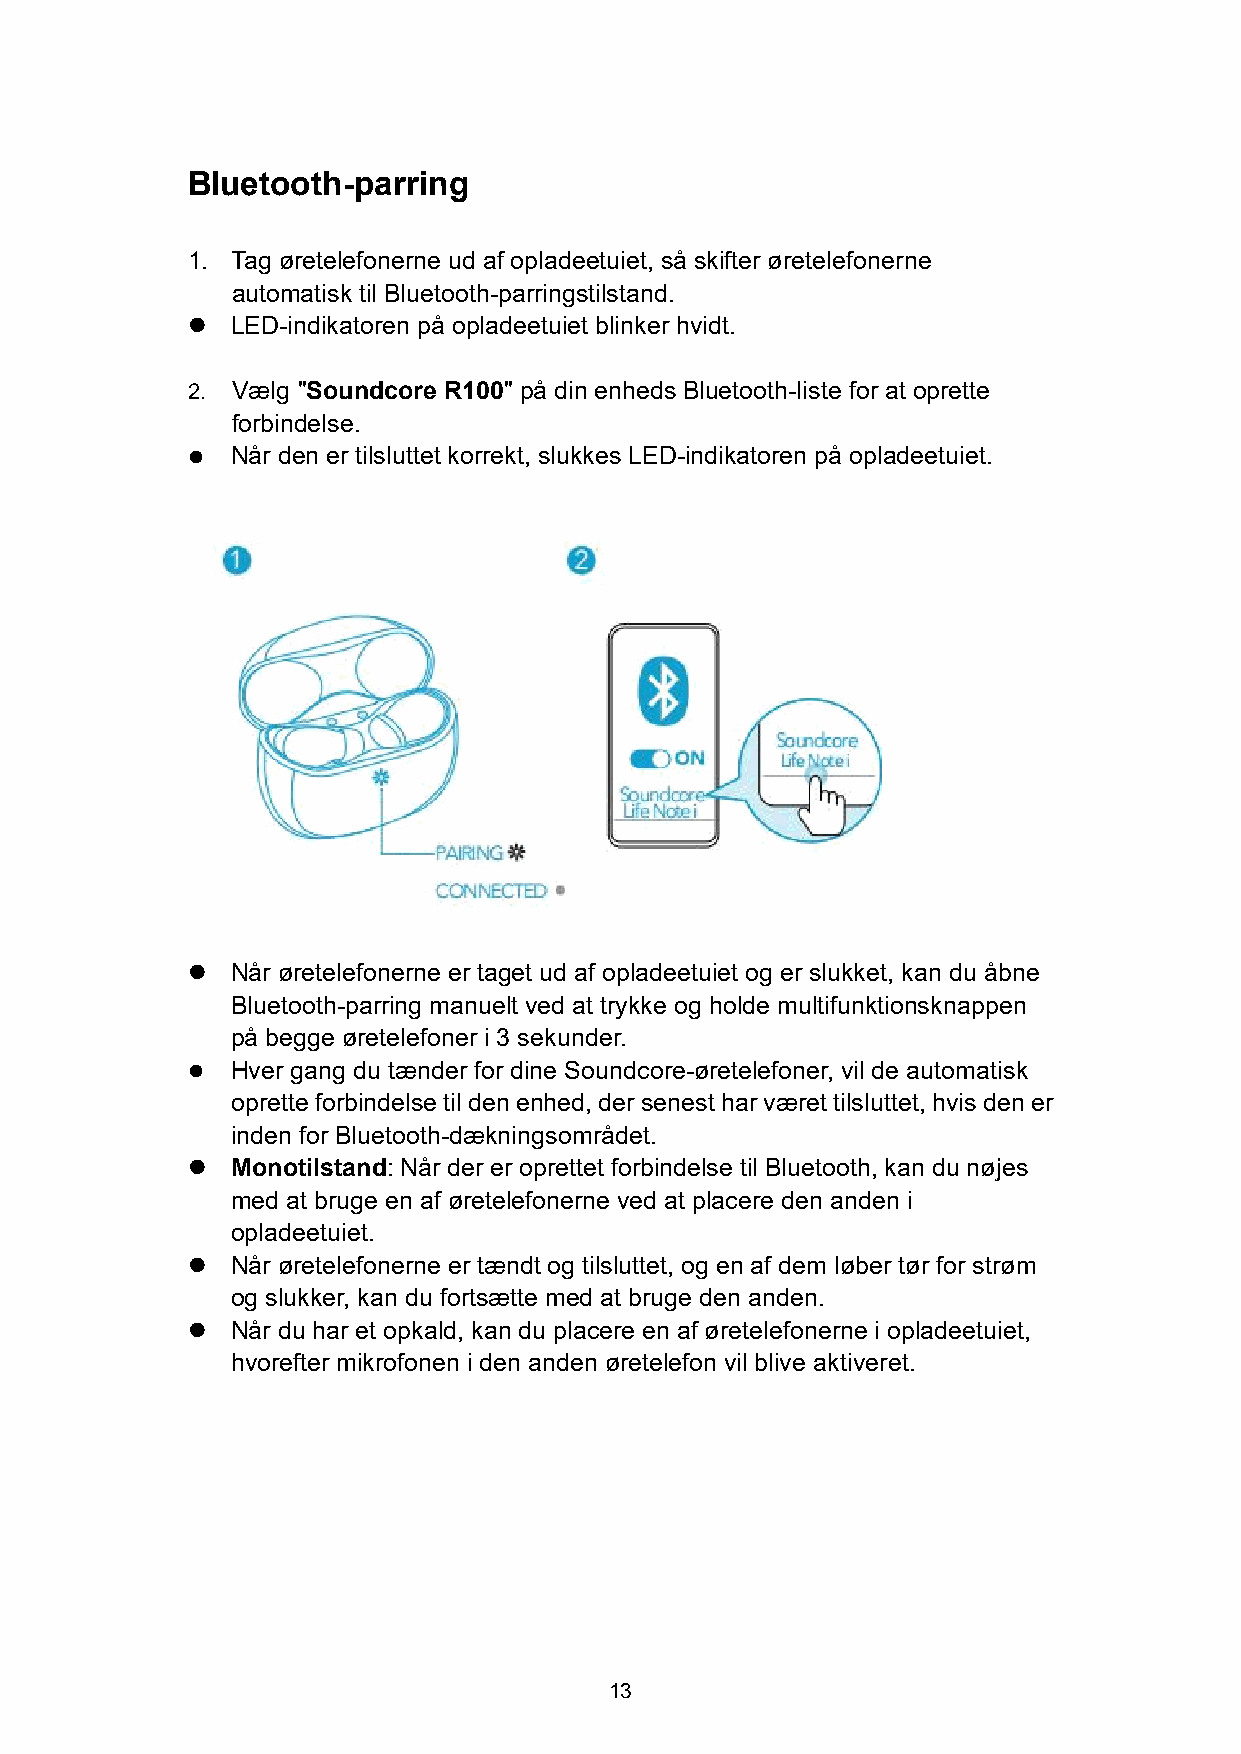
Bluetooth-parring
 1. Tag øretelefonerne ud af opladeetuiet, så skifter øretelefonerne
 automatisk til Bluetooth-parringstilstand.
   LED-indikatoren på opladeetuiet blinker hvidt.
 2. Vælg "Soundcore R100" på din enheds Bluetooth-liste for at oprette
 forbindelse.
   Når den er tilsluttet korrekt, slukkes LED-indikatoren på opladeetuiet.
   Når øretelefonerne er taget ud af opladeetuiet og er slukket, kan du åbne
 Bluetooth-parring manuelt ved at trykke og holde multifunktionsknappen
 på begge øretelefoner i 3 sekunder.
   Hver gang du tænder for dine Soundcore-øretelefoner, vil de automatisk
 opretteforbindelsetil denenhed,dersenest harværet tilsluttet,hvis dener
 inden for Bluetooth-dækningsområdet.
   Monotilstand:Når der er oprettet forbindelse til Bluetooth, kan du nøjes
 med at bruge en af øretelefonerne ved at placere den anden i
 opladeetuiet.
   Når øretelefonerne er tændt og tilsluttet, og en af dem løber tør for strøm
 og slukker, kan du fortsætte med at bruge den anden.
   Når du har et opkald, kan du placere en af øretelefonerne i opladeetuiet,
 hvorefter mikrofonen i den anden øretelefon vil blive aktiveret.
 13